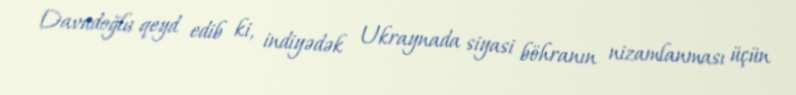
Davudoğlu qeyd edib ki, indiyədək Ukraynada siyasi böhranın nizamlanması üçün